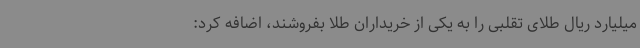
میلیارد ریال طلای تقلبی را به یکی از خریداران طلا بفروشند، اضافه کرد: